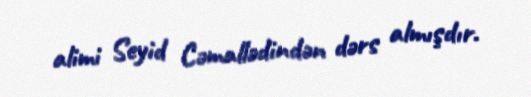
alimi Seyid Cəmallədindən dərs almışdır.